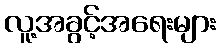
လူ့အခွင့်အရေးများ